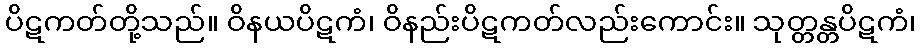
ပိဋကတ်တို့သည်။ ဝိနယပိဋကံ၊ ဝိနည်းပိဋကတ်လည်းကောင်း။ သုတ္တန္တပိဋကံ၊